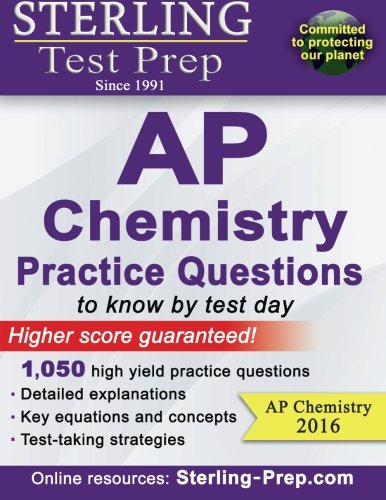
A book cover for Sterling AP Chemistry Practice Questions: High Yield AP Chemistry Questions (Sterling Test Prep); Sterling Test Prep; Test Preparation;